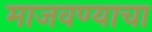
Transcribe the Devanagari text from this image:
माजवण्याचा